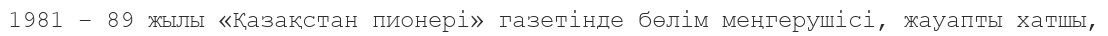
1981 – 89 жылы «Қазақстан пионері» газетінде бөлім меңгерушісі, жауапты хатшы,